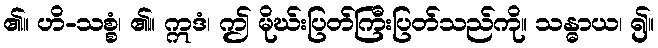
၏။ ဟိ-သစ္စံ၊ ၏။ ဣဒံ၊ ဤ မိုဃ်းပြတ်ကြီးပြတ်သည်ကို။ သန္ဓာယ၊ ၍။